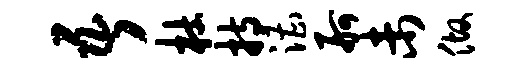
吾杜持漕舸未做